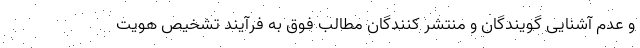
و عدم آشنايی گويندگان و منتشر كنندگان مطالب فوق به فرآیند تشخیص هویت